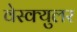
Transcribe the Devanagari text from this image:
वेस्क्युलर